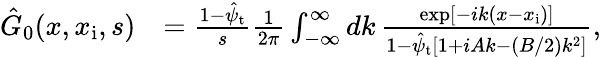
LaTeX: \begin{array}{rl}{\hat{G}_{0}(x,x_{\mathrm{i}},s)}&{=\frac{1-\hat{\psi}_{\mathrm{t}}}{s}\frac{1}{2\pi}\int_{-\infty}^{\infty}dk\, \frac{\exp[-ik(x-x_{\mathrm{i}})]}{1-\hat{\psi}_{\mathrm{t}}\left[1+iAk-(B/2)k^{2}\right]},}\end{array}